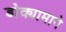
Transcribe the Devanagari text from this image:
डोक्यामागे